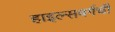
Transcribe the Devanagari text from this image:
हाइल्सबर्गची